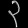
Digit: ၃